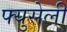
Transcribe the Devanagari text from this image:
फ्युसेली